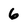
Character: 6